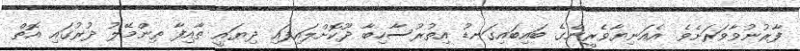
ފާރުނުވާވަރަށެވެ. އެއަނިޔާވެރީންގެ ބައިބައިގަނޑު އިތުރުސާހިބާ ދޫކޮށްލައިފައި ދިޔައީ ޠާއިފާ ތިންމޭލު ދުރުގައި އޮތް